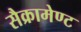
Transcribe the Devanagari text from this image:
सैक्रामेण्ट